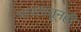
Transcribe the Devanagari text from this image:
भारतातूनही